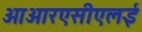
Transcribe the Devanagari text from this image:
ओआरएसीएलई